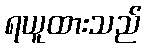
ရယူထားသည်